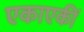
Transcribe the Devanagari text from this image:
एकाएकीं